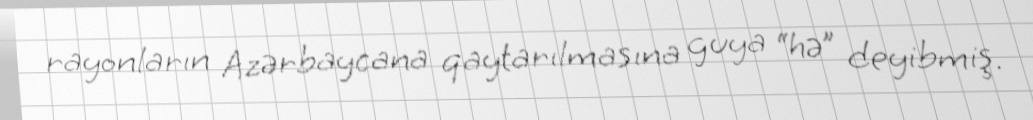
rayonların Azərbaycana qaytarılmasına guya “hə” deyibmiş.